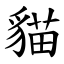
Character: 貓